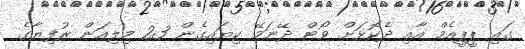
ގައި ޕީޕީއެމް އާއި ދެކޮޅަށް ވޯޓް ދޭނަމޭ ކިޔައިގެން 23 މިލިއަން ރުފިޔާގެ